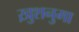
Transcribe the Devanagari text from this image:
ख़ुशनुमा